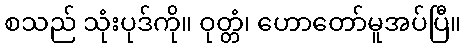
စသည် သုံးပုဒ်ကို။ ဝုတ္တံ၊ ဟောတော်မူအပ်ပြီ။